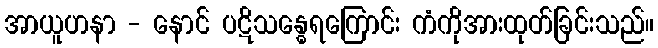
အာယူဟနာ - နောင် ပဋိသန္ဓေရကြောင်း ကံကိုအားထုတ်ခြင်းသည်။